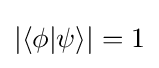
|\langle \phi |\psi \rangle |=1